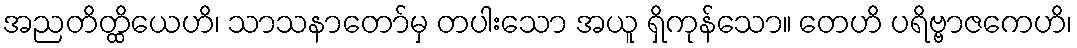
အညတိတ္ထိယေဟိ၊ သာသနာတော်မှ တပါးသော အယူ ရှိကုန်သော။ တေဟိ ပရိဗ္ဗာဇကေဟိ၊